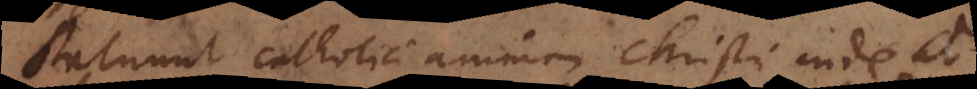
Statuunt catholici animam Christi inde a